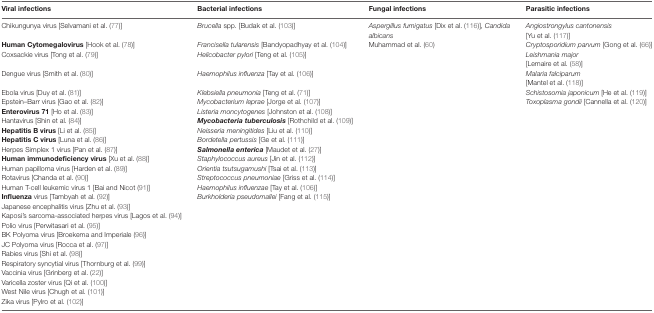
<table><thead><tr><td><b>Viral infections</b></td><td><b>Bacterial infections</b></td><td><b>Fungal infections</b></td><td><b>Parasitic infections</b></td></tr></thead><tbody><tr><td>Chikungunya virus [Selvamani et al. (77)]</td><td><i>Brucella</i> spp. [Budak et al. (103)]</td><td><i>Aspergillus fumigatus</i> [Dix et al. (116)], <i>Candida albicans</i></td><td><i>Angiostrongylus cantonensis</i> [Yu et al. (117)]</td></tr><tr><td><b>Human Cytomegalovirus</b> [Hook et al. (78)]</td><td><i>Francisella tularensis</i> [Bandyopadhyay et al. (104)]</td><td>Muhammad et al. (60)</td><td><i>Cryptosporidium parvum</i> [Gong et al. (66)]</td></tr><tr><td>Coxsackie virus [Tong et al. (79)]</td><td><i>Helicobacter pylori</i> [Teng et al. (105)]</td><td></td><td><i>Leishmania major</i> [Lemaire et al. (58)]</td></tr><tr><td>Dengue virus [Smith et al. (80)]</td><td><i>Haemophilus influenza</i> [Tay et al. (106)]</td><td></td><td><i>Malaria falciparum</i> [Mantel et al. (118)]</td></tr><tr><td>Ebola virus [Duy et al. (81)]</td><td><i>Klebsiella pneumonia</i> [Teng et al. (71)]</td><td></td><td><i>Schistosomia japonicum</i> [He et al. (119)]</td></tr><tr><td>Epstein–Barr virus [Gao et al. (82)]</td><td><i>Mycobacterium leprae</i> [Jorge et al. (107)]</td><td></td><td><i>Toxoplasma gondii</i> [Cannella et al. (120)]</td></tr><tr><td><b>Enterovirus 71</b> [Ho et al. (83)]</td><td><i>Listeria moncytogenes</i> [Johnston et al. (108)]</td><td></td><td></td></tr><tr><td>Hantavirus [Shin et al. (84)]</td><td><b><i>Mycobacteria tuberculosis</i></b> [Rothchild et al. (109)]</td><td></td><td></td></tr><tr><td><b>Hepatitis B virus</b> [Li et al. (85)]</td><td><i>Neisseria meningitides</i> [Liu et al. (110)]</td><td></td><td></td></tr><tr><td><b>Hepatitis C virus</b> [Luna et al. (86)]</td><td><i>Bordetella pertussis</i> [Ge et al. (111)]</td><td></td><td></td></tr><tr><td>Herpes Simplex 1 virus [Pan et al. (87)]</td><td><b><i>Salmonella enterica</i></b> [Maudet et al. (27)]</td><td></td><td></td></tr><tr><td><b>Human immunodeficiency virus</b> [Xu et al. (88)]</td><td><i>Staphylococcus aureus</i> [Jin et al. (112)]</td><td></td><td></td></tr><tr><td>Human papilloma virus [Harden et al. (89)]</td><td><i>Orientia tsutsugamushi</i> [Tsai et al. (113)]</td><td></td><td></td></tr><tr><td>Rotavirus [Chanda et al. (90)]</td><td><i>Streptococcus pneumoniae</i> [Griss et al. (114)]</td><td></td><td></td></tr><tr><td>Human T-cell leukemic virus 1 [Bai and Nicot (91)]</td><td><i>Haemophilus influenzae</i> [Tay et al. (106)]</td><td></td><td></td></tr><tr><td><b>Influenza</b> virus [Tambyah et al. (92)]</td><td><i>Burkholderia pseudomallei</i> [Fang et al. (115)]</td><td></td><td></td></tr><tr><td>Japanese encephalitis virus [Zhu et al. (93)]</td><td></td><td></td><td></td></tr><tr><td>Kaposi’s sarcoma-associated herpes virus [Lagos et al. (94)]</td><td></td><td></td><td></td></tr><tr><td>Polio virus [Perwitasari et al. (95)]</td><td></td><td></td><td></td></tr><tr><td>BK Polyoma virus [Broekema and Imperiale (96)]</td><td></td><td></td><td></td></tr><tr><td>JC Polyoma virus [Rocca et al. (97)]</td><td></td><td></td><td></td></tr><tr><td>Rabies virus [Shi et al. (98)]</td><td></td><td></td><td></td></tr><tr><td>Respiratory syncytial virus [Thornburg et al. (99)]</td><td></td><td></td><td></td></tr><tr><td>Vaccinia virus [Grinberg et al. (22)]</td><td></td><td></td><td></td></tr><tr><td>Varicella zoster virus [Qi et al. (100)]</td><td></td><td></td><td></td></tr><tr><td>West Nile virus [Chugh et al. (101)]</td><td></td><td></td><td></td></tr><tr><td>Zika virus [Pylro et al. (102)]</td><td></td><td></td><td></td></tr></tbody></table>